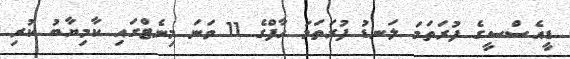
ޑީއެސްސީގެ ފުރަތަމަ ލަނޑު ފުރަތަމަ ހާފްގެ 11 ވަނަ މިނެޓްގައި ކާމިޔާބު ކުރި